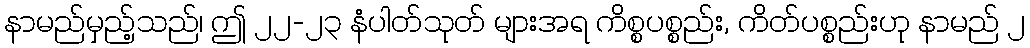
နာမည်မှည့်သည်၊ ဤ ၂၂-၂၃ နံပါတ်သုတ် များအရ ကိစ္စပစ္စည်း, ကိတ်ပစ္စည်းဟု နာမည် ၂